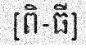
[ពិ-ធី]